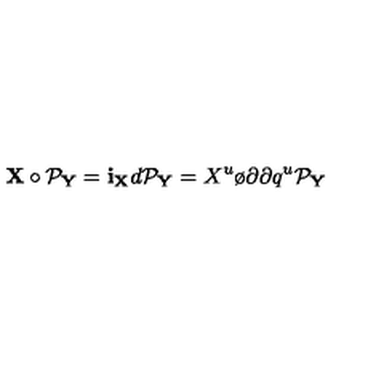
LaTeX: { \bf X } \circ { \cal P } _ { \bf Y } = { \bf i } _ { \bf X } d { \cal P } _ { \bf Y } = X ^ { u } { \o { \partial } { \partial q ^ { u } } } { \cal P } _ { \bf Y } \,